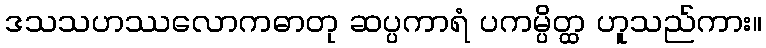
ဒသသဟဿလောကဓာတု ဆပ္ပကာရံ ပကမ္ပိတ္ထ ဟူသည်ကား။